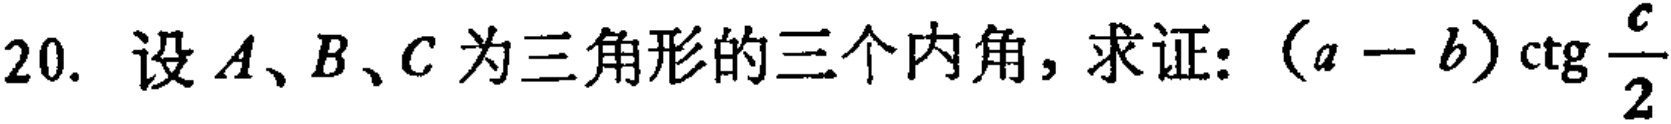
20. 设 \(A、B、C\) 为三角形的三个内角，求证：\((a - b)\mathrm{ctg}\frac{c}{2}\)